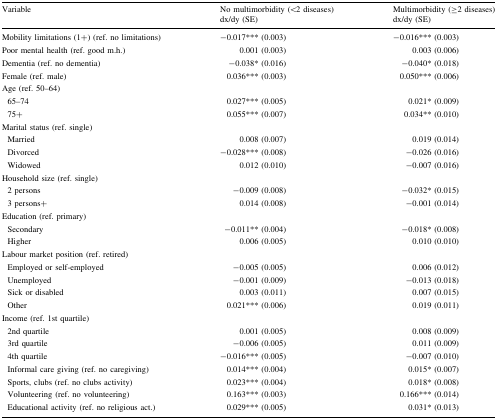
<table><thead><tr><td rowspan="2"><b>Variable</b></td><td><b>No multimorbidity (&lt;2 diseases)</b></td><td><b>Multimorbidity (≥2 diseases)</b></td></tr><tr><td><b>dx/dy (SE)</b></td><td><b>dx/dy (SE)</b></td></tr></thead><tbody><tr><td>Mobility limitations (1+) (ref. no limitations)</td><td>−0.017*** (0.003)</td><td>−0.016*** (0.003)</td></tr><tr><td>Poor mental health (ref. good m.h.)</td><td>0.001 (0.003)</td><td>0.003 (0.006)</td></tr><tr><td>Dementia (ref. no dementia)</td><td>−0.038* (0.016)</td><td>−0.040* (0.018)</td></tr><tr><td>Female (ref. male)</td><td>0.036*** (0.003)</td><td>0.050*** (0.006)</td></tr><tr><td colspan="3">Age (ref. 50–64)</td></tr><tr><td> 65–74</td><td>0.027*** (0.005)</td><td>0.021* (0.009)</td></tr><tr><td> 75+</td><td>0.055*** (0.007)</td><td>0.034** (0.010)</td></tr><tr><td colspan="3">Marital status (ref. single)</td></tr><tr><td> Married</td><td>0.008 (0.007)</td><td>0.019 (0.014)</td></tr><tr><td> Divorced</td><td>−0.028*** (0.008)</td><td>−0.026 (0.016)</td></tr><tr><td> Widowed</td><td>0.012 (0.010)</td><td>−0.007 (0.016)</td></tr><tr><td colspan="3">Household size (ref. single)</td></tr><tr><td> 2 persons</td><td>−0.009 (0.008)</td><td>−0.032* (0.015)</td></tr><tr><td> 3 persons+</td><td>0.014 (0.008)</td><td>−0.001 (0.014)</td></tr><tr><td colspan="3">Education (ref. primary)</td></tr><tr><td> Secondary</td><td>−0.011** (0.004)</td><td>−0.018* (0.008)</td></tr><tr><td> Higher</td><td>0.006 (0.005)</td><td>0.010 (0.010)</td></tr><tr><td colspan="3">Labour market position (ref. retired)</td></tr><tr><td> Employed or self-employed</td><td>−0.005 (0.005)</td><td>0.006 (0.012)</td></tr><tr><td> Unemployed</td><td>−0.001 (0.009)</td><td>−0.013 (0.018)</td></tr><tr><td> Sick or disabled</td><td>0.003 (0.011)</td><td>0.007 (0.015)</td></tr><tr><td> Other</td><td>0.021*** (0.006)</td><td>0.019 (0.011)</td></tr><tr><td colspan="3">Income (ref. 1st quartile)</td></tr><tr><td> 2nd quartile</td><td>0.001 (0.005)</td><td>0.008 (0.009)</td></tr><tr><td> 3rd quartile</td><td>−0.006 (0.005)</td><td>0.011 (0.009)</td></tr><tr><td> 4th quartile</td><td>−0.016*** (0.005)</td><td>−0.007 (0.010)</td></tr><tr><td> Informal care giving (ref. no caregiving)</td><td>0.014*** (0.004)</td><td>0.015* (0.007)</td></tr><tr><td> Sports, clubs (ref. no clubs activity)</td><td>0.023*** (0.004)</td><td>0.018* (0.008)</td></tr><tr><td> Volunteering (ref. no volunteering)</td><td>0.163*** (0.003)</td><td>0.166*** (0.014)</td></tr><tr><td> Educational activity (ref. no religious act.)</td><td>0.029*** (0.005)</td><td>0.031* (0.013)</td></tr></tbody></table>